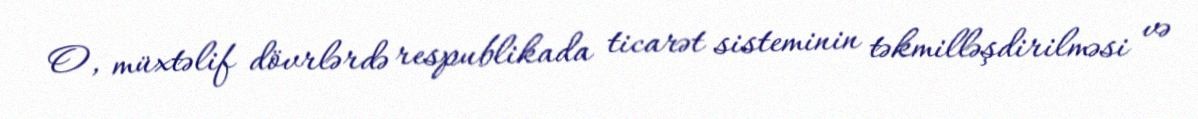
O, müxtəlif dövrlərdə respublikada ticarət sisteminin təkmilləşdirilməsi və